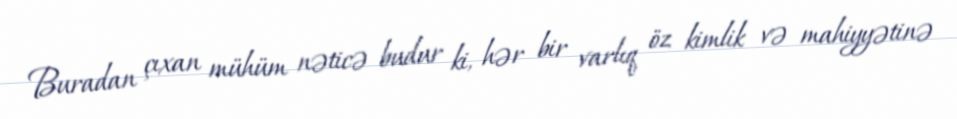
Buradan çıxan mühüm nəticə budur ki, hər bir varlıq öz kimlik və mahiyyətinə